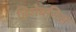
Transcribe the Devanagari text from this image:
हिशेबनिस